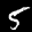
Label: 5